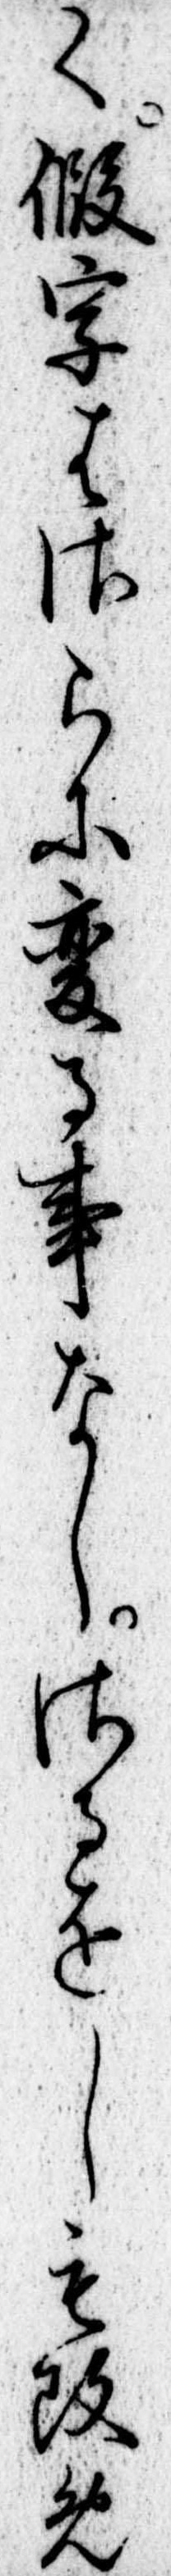
く仮字はさらに変る事なしさるをしも改め